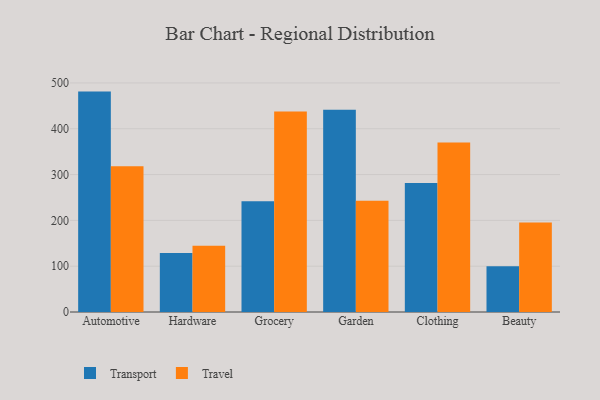
{"axis": {"x": "Category", "y": "Page Views"}, "legend": ["Transport", "Travel"], "data": [{"x": "Automotive", "y": 481.1, "type": "Transport"}, {"x": "Automotive", "y": 317.9, "type": "Travel"}, {"x": "Hardware", "y": 128.6, "type": "Transport"}, {"x": "Hardware", "y": 144.4, "type": "Travel"}, {"x": "Grocery", "y": 242.0, "type": "Transport"}, {"x": "Grocery", "y": 437.9, "type": "Travel"}, {"x": "Garden", "y": 441.6, "type": "Transport"}, {"x": "Garden", "y": 242.9, "type": "Travel"}, {"x": "Clothing", "y": 281.6, "type": "Transport"}, {"x": "Clothing", "y": 369.8, "type": "Travel"}, {"x": "Beauty", "y": 99.9, "type": "Transport"}, {"x": "Beauty", "y": 195.5, "type": "Travel"}]}